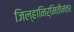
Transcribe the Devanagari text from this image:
जिल्हानिर्मितीनंतर